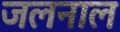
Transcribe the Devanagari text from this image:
जलनाल